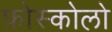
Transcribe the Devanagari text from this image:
फ़ोस्कोलो